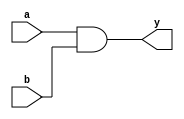
module and_d(
    output y,
    input a,b
);
assign y = a & b;
endmodule